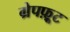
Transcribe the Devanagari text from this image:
ग्रेपफ़्रूट